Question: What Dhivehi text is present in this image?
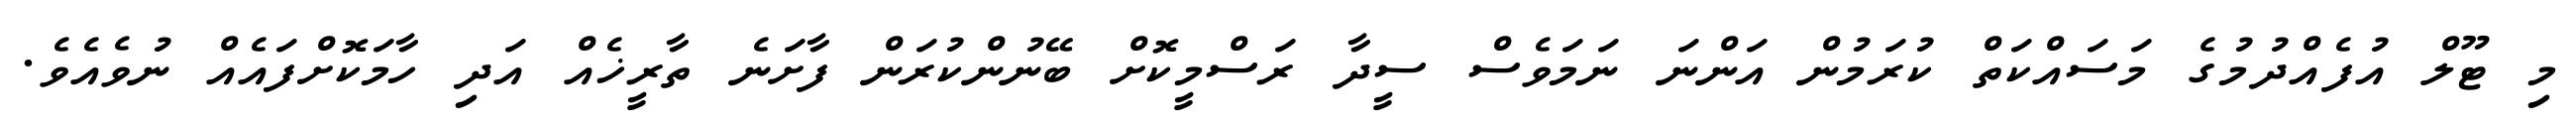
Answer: މި ޓޫލް އުފެއްދުމުގެ މަސައްކަތް ކުރަމުން އަންނަ ނަމަވެސް ސީދާ ރަސްމީކޮށް ބޭނުންކުރަން ފާށަނެ ތާރީޚެއް އަދި ހާމަކޮށްފައެއް ނުވެއެވެ.